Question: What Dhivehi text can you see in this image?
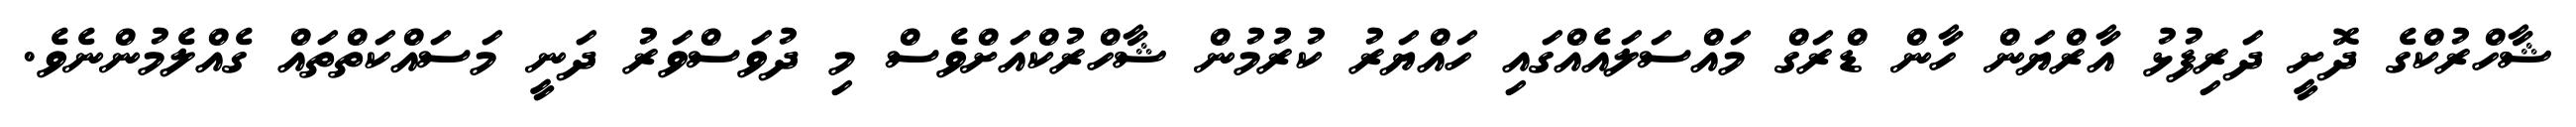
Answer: ޝާހްރުކްގެ ދޮށީ ދަރިފުޅު އާރްޔަން ހާން ޑްރަގް މައްސަލައެއްގައި ހައްޔަރު ކުރުމުން ޝާހްރުކްއަށްވެސް މި ދުވަސްވަރު ދަނީ މަސައްކަތްތައް ގެއްލެމުންނެވެ.